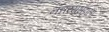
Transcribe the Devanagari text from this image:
नन्नय्यभट्टाला